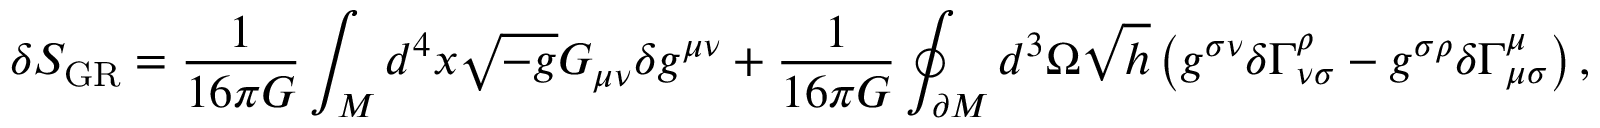
\delta S _ { \mathrm { G R } } = \frac { 1 } { 1 6 \pi G } \int _ { M } d ^ { 4 } x \sqrt { - g } G _ { \mu \nu } \delta g ^ { \mu \nu } + \frac { 1 } { 1 6 \pi G } \oint _ { \partial M } d ^ { 3 } \Omega \sqrt { h } \left( g ^ { \sigma \nu } \delta \Gamma _ { \nu \sigma } ^ { \rho } - g ^ { \sigma \rho } \delta \Gamma _ { \mu \sigma } ^ { \mu } \right) ,